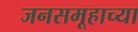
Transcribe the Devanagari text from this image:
जनसमूहाच्या